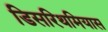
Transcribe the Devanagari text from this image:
डिसरिथमियास